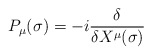
\begin{align*}P_\mu (\sigma )=-i\frac \delta {\delta X^\mu (\sigma )} \end{align*}